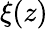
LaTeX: \xi(z)